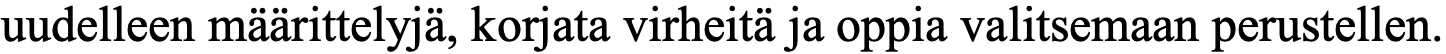
uudelleen määrittelyjä, korjata virheitä ja oppia valitsemaan perustellen.